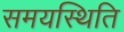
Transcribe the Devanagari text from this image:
समयस्थिति